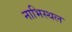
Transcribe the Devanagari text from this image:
नाभिस्थल